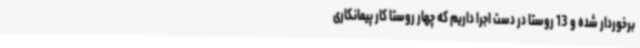
برخوردار شده و 13 روستا در دست اجرا داریم که چهار روستا کار پیمانکاری